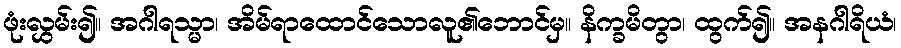
ဖုံးလွှမ်း၍။ အဂါရသ္မာ၊ အိမ်ရာထောင်သောလူ၏ဘောင်မှ။ နိက္ခမိတွာ၊ ထွက်၍။ အနဂါရိယံ၊